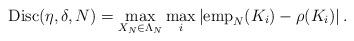
LaTeX: \begin{align*} {\rm Disc}(\eta, \delta, N) = \max_{X_{N} \in \Lambda_{N}} \max_{i} \left| {\rm emp}_{N}(K_{i}) - \rho(K_{i}) \right|.\end{align*}